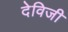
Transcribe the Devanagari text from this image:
देविजी